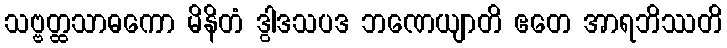
သဗ္ဗတ္ထသာဓကော မိနိတံ ဒွါဒသပဒ ဘဏေယျာတိ ဧတေ အာရဘိဿတိ